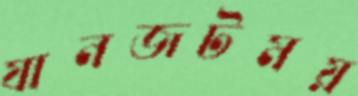
যানজটময়